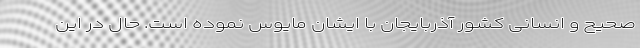
صحیح و انسانی کشور آذربایجان با ایشان مایوس نموده است. حال در این